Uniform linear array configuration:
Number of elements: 24
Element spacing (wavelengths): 0.75
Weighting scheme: blackman
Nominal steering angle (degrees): -15
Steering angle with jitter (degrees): -14.519
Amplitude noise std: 0.05
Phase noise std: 0.05

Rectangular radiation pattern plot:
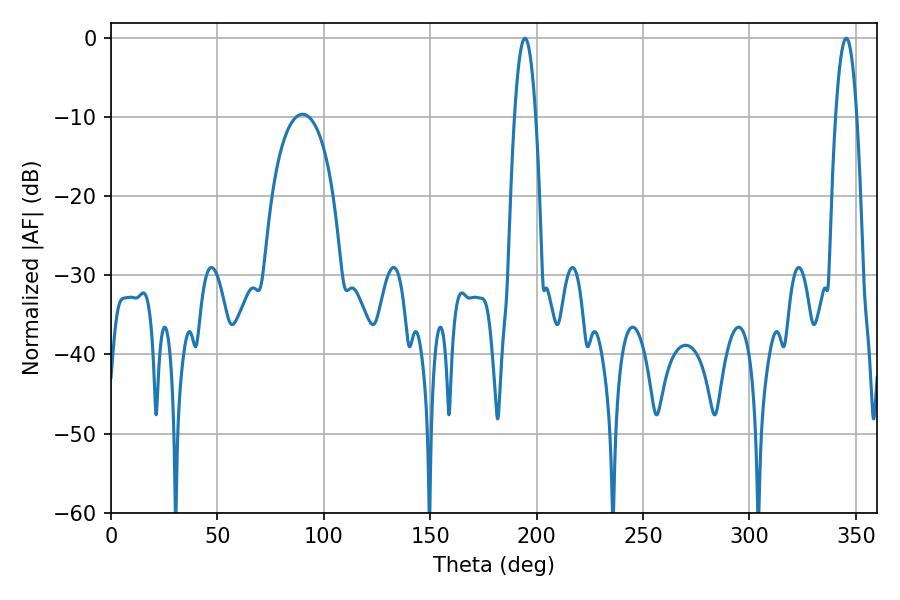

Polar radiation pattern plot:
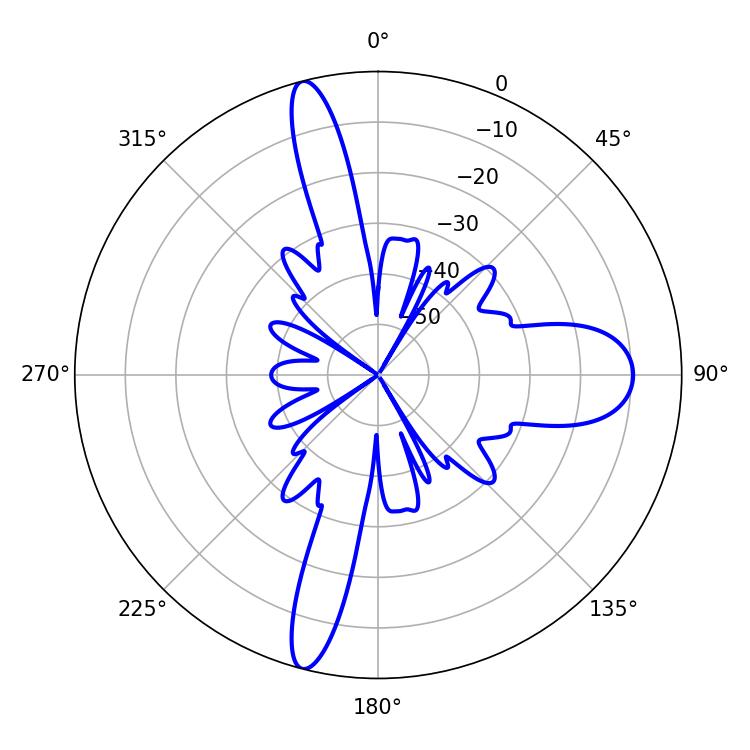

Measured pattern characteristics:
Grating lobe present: TRUE
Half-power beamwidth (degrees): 5.4
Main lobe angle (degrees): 194.58